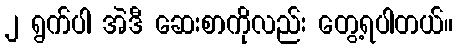
၂ ရွက်ပါ အဲဒီ ဆေးစာကိုလည်း တွေ့ရပါတယ်။